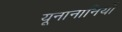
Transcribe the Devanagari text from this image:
यूनानानियों